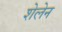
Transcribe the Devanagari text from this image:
शेलेन